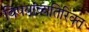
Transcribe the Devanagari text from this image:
विषयांव्यतिरिक्त